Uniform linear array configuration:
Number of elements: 16
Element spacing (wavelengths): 0.25
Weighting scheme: exponential
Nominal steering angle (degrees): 30
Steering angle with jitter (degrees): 31.559
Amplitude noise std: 0.05
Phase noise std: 0.05

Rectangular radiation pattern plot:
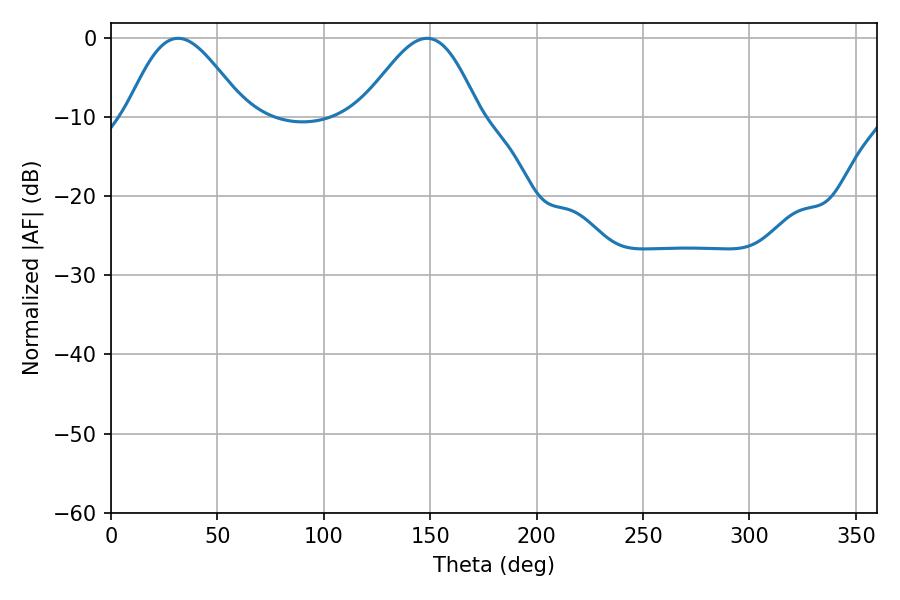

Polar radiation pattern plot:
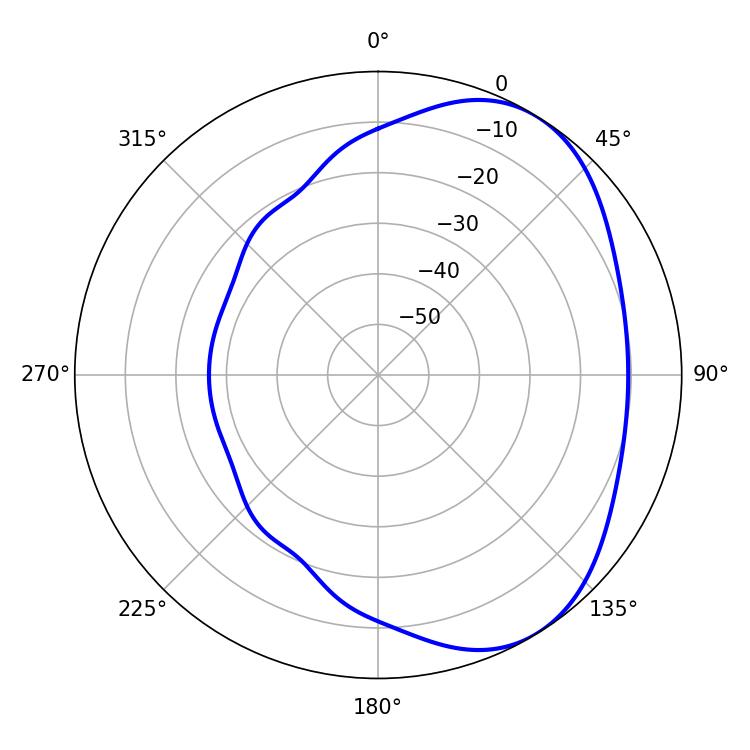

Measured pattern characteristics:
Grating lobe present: FALSE
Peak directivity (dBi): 4.608
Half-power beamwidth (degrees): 29.52
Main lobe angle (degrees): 31.5